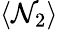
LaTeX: \langle\mathcal{N}_{2}\rangle